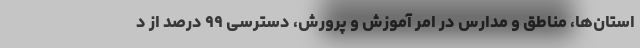
استان‌ها، مناطق و مدارس در امر آموزش و پرورش، دسترسی ۹۹ درصد از د